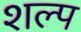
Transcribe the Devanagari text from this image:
शल्प